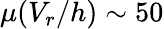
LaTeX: \mu(V_{r}/h)\sim 50